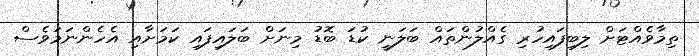
ތިމާވެއްޓަށް ލިބިފައިހުރި ގެއްލުންތައް ބަލަނީ ކުޑަ ބޮޑު މިނަށް ބަލައިފައި ކަމަށާއި އެހެންނަމަވެސް